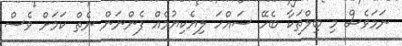
ނަމަވެސް މި ބިލްތަކާ ބެހޭ ސައްހަ ލިޔެކިޔުމެއް ފެންނަން ނެތް ކަމަށް ވެސް